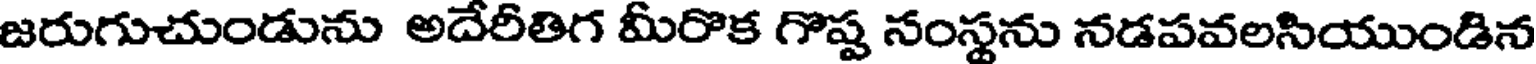
జరుగుచుండును అదేరీతిగ మీరొక గొష్ట సంస్థను నడపవలసియుండిన